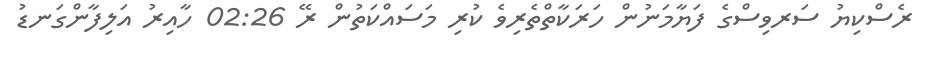
ރެސްކިޔު ސަރވިސްގެ ފަޔާމަނުން ހަރަކާތްތެރިވެ ކުރި މަސައްކަތުން ރޭ 02:26 ހާއިރު އަލިފާންގަނޑު